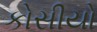
કોસીયો